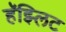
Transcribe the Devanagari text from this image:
हॅझ्लिट